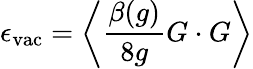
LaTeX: \epsilon_{\mathrm{vac}}=\left<\frac{\beta(g)}{8g}G\cdot G\right>